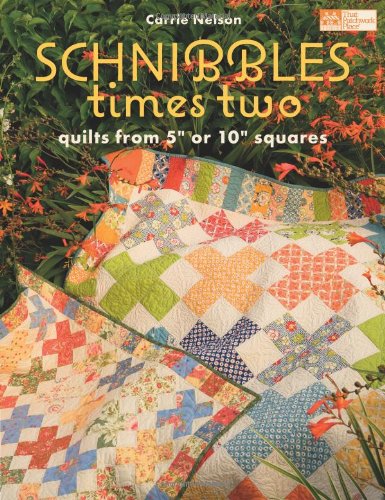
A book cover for Schnibbles Times Two: Quilts from 5" or 10" Squares; Carrie Nelson; Crafts, Hobbies & Home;